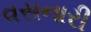
વસનારી